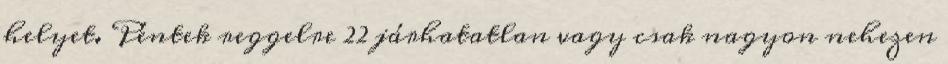
helyet. Péntek reggelre 22 járhatatlan vagy csak nagyon nehezen